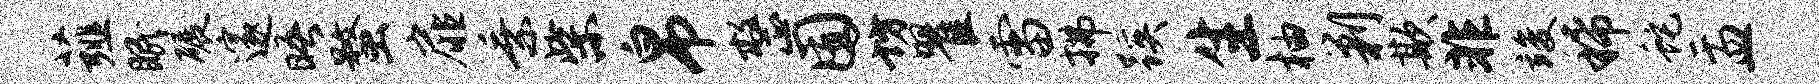
薤眠碾邃晤蝥扉乘柴帛整囿坊瞿雷拂蹊生柚剿欺非竣稀蛇盂